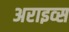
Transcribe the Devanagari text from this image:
अराइव्स